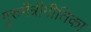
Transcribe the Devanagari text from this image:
गुरुमैत्रीगीतिका